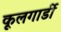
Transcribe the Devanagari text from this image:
कूलगार्डी